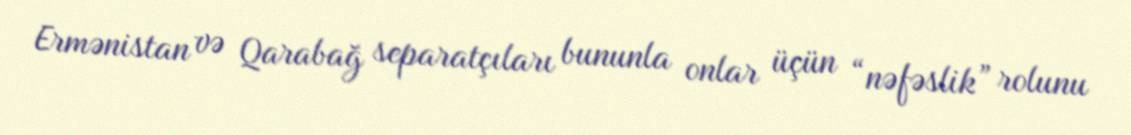
Ermənistan və Qarabağ separatçıları bununla onlar üçün “nəfəslik” rolunu